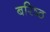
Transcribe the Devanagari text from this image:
बरिष्ठ